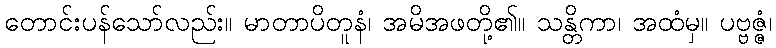
တောင်းပန်သော်လည်း။ မာတာပိတူနံ၊ အမိအဖတို့၏။ သန္တိကာ၊ အထံမှ။ ပဗ္ဗဇ္ဇံ၊